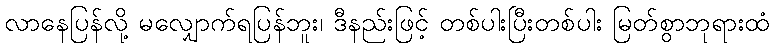
လာနေပြန်လို့ မလျှောက်ရပြန်ဘူး၊ ဒီနည်းဖြင့် တစ်ပါးပြီးတစ်ပါး မြတ်စွာဘုရားထံ